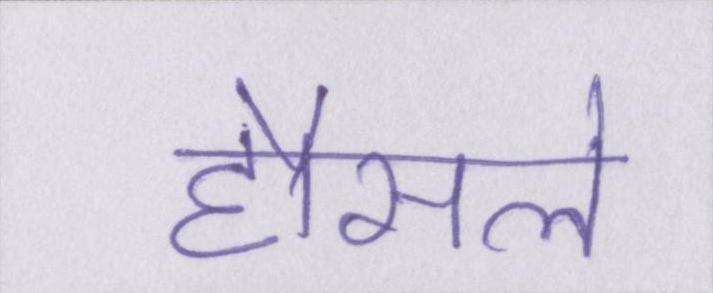
हौसले